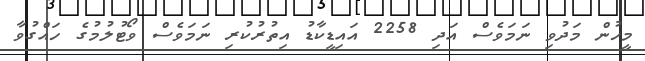
މީހުން މަދުވި ނަމަވެސް އަދި 2258 އައިޑީކާޑު އިތުރުކުރި ނަމަވެސް ވޯޓުލުމުގެ ހައްގުވާ